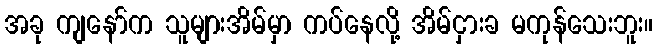
အခု ကျနော်က သူများအိမ်မှာ ကပ်နေလို့ အိမ်ငှားခ မကုန်သေးဘူး။